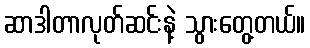
ဆာဒါတာလုတ်ဆင်းနဲ့ သွားတွေ့တယ်။